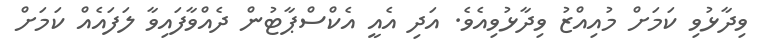
ވިދާޅުވި ކަމަށް މުއިއްޒު ވިދާޅުވިއެވެ. އަދި އެއީ އެކްްސްޕާޓުން ދެއްވާފައިވާ ލަފައެއް ކަމަށް